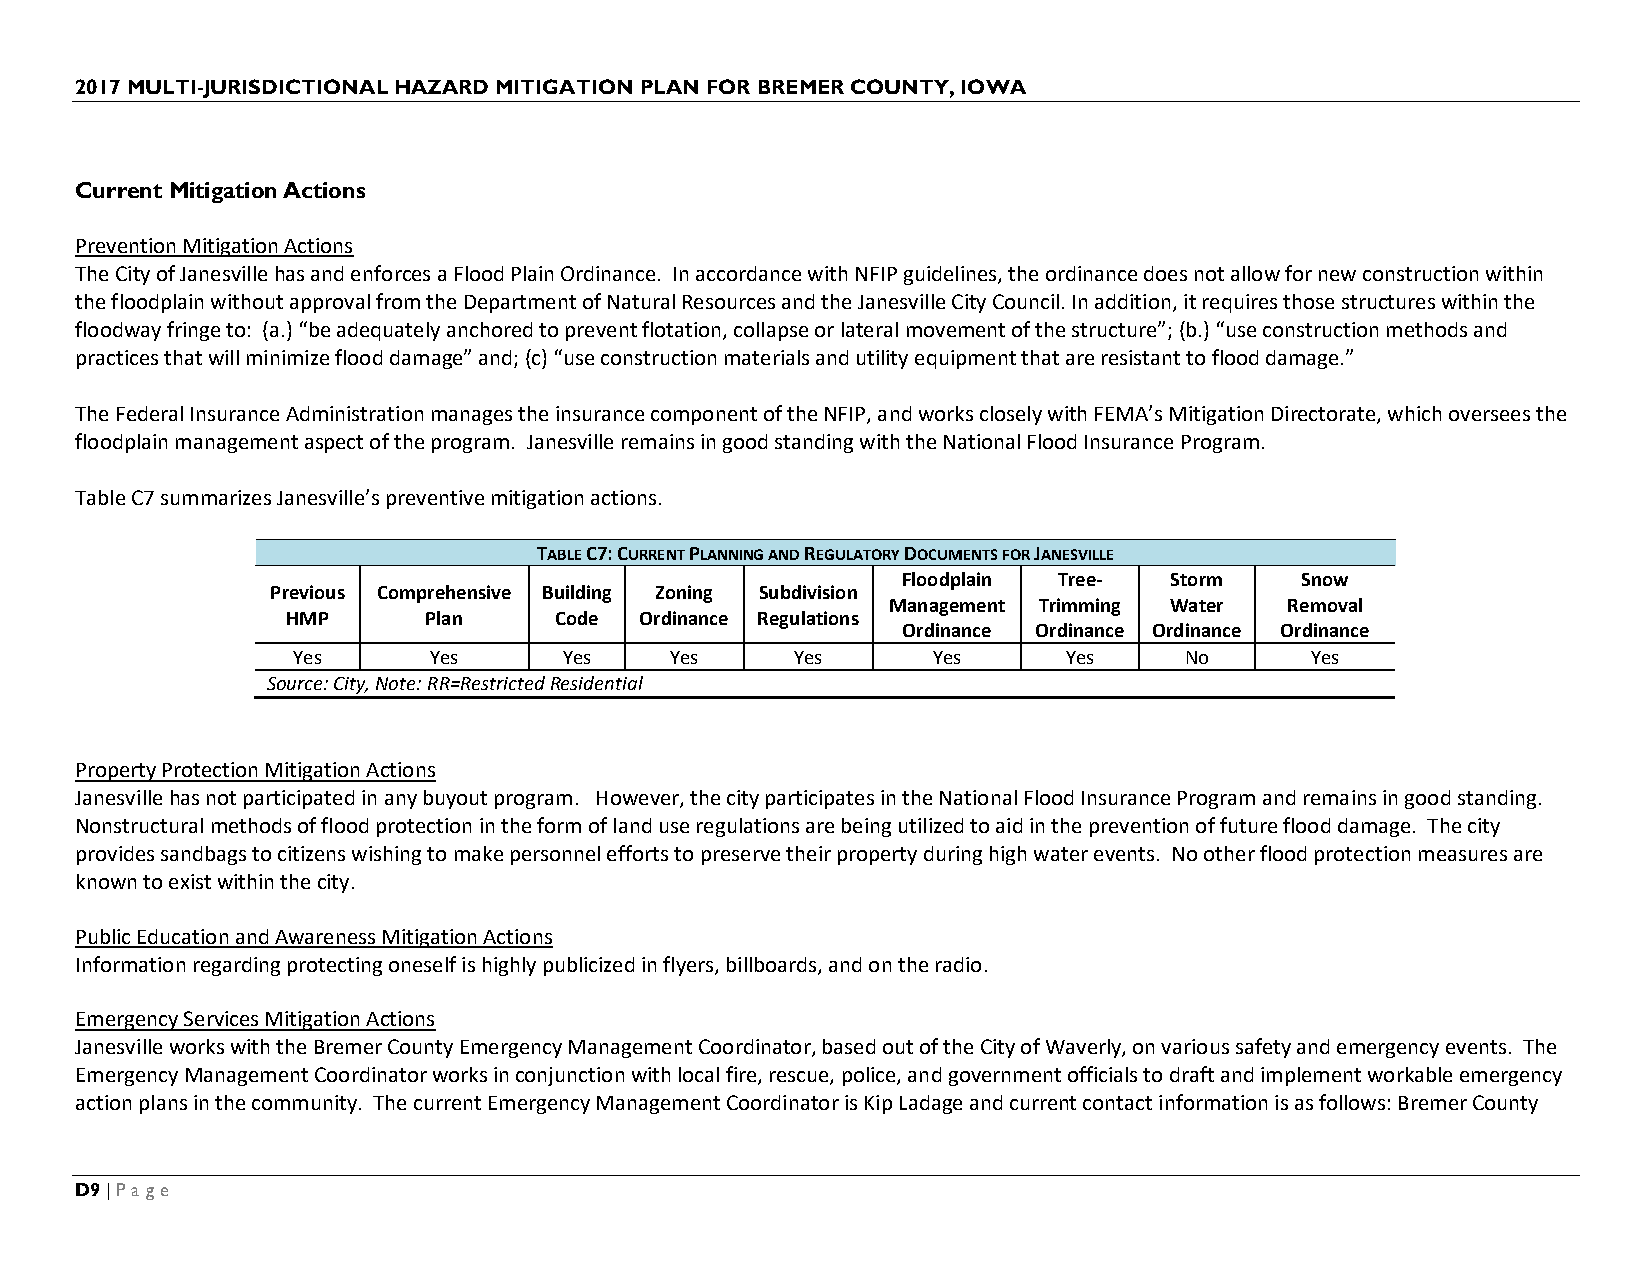
2017 MULTI-JURISDICTIONAL HAZARD MITIGATION PLAN FOR BREMER COUNTY, IOWA
 Current Mitigation Actions
 Prevention Mitigation Actions
 The City of Janesville has and enforces a Flood Plain Ordinance. In accordance with NFIP guidelines, the ordinance does not allow for new construction within
 the floodplain without approval from the Department of Natural Resources and the Janesville City Council. In addition, it requires those structures within the
 floodway fringe to: (a.) “be adequately anchored to prevent flotation, collapse or lateral movement of the structure”; (b.) “use construction methods and
 practices that will minimize flood damage” and; (c) “use construction materials and utility equipment that are resistant to flood damage.”
 The Federal Insurance Administration manages the insurance component of the NFIP, and works closely with FEMA’s Mitigation Directorate, which oversees the
 floodplain management aspect of the program. Janesville remains in good standing with the National Flood Insurance Program.
 Table C7 summarizes Janesville’s preventive mitigation actions.
 TABLE C7: CURRENT PLANNING AND REGULATORY DOCUMENTS FOR JANESVILLE
 Floodplain Tree- Storm    Snow
 Previous Comprehensive Building Zoning Subdivision
 Management Trimming Water Removal
 HMP      Plan     Code Ordinance Regulations
 Ordinance Ordinance Ordinance Ordinance
 Yes      Yes      Yes    Yes      Yes      Yes      Yes    No       Yes
 Source: City, Note: RR=Restricted Residential
 Property Protection Mitigation Actions
 Janesville has not participated in any buyout program. However, the city participates in the National Flood Insurance Program and remains in good standing.
 Nonstructural methods of flood protection in the form of land use regulations are being utilized to aid in the prevention of future flood damage. The city
 provides sandbags to citizens wishing to make personnel efforts to preserve their property during high water events. No other flood protection measures are
 known to exist within the city.
 Public Education and Awareness Mitigation Actions
 Information regarding protecting oneself is highly publicized in flyers, billboards, and on the radio.
 Emergency Services Mitigation Actions
 Janesville works with the Bremer County Emergency Management Coordinator, based out of the City of Waverly, on various safety and emergency events. The
 Emergency Management Coordinator works in conjunction with local fire, rescue, police, and government officials to draft and implement workable emergency
 action plans in the community. The current Emergency Management Coordinator is Kip Ladage and current contact information is as follows: Bremer County
 D9 | Page